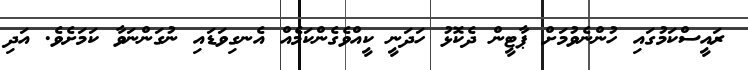
ރައީސްކަމުގައި ހުންނެވުމަށް ޕާޓީން ދެކޮޅު ހަދަނީ ކީއްވެގެންކަމެއް އެނގިވަޑައި ނުގަންނަވާ ކަމަށެވެ. އަދި